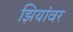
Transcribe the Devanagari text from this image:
झियांवर